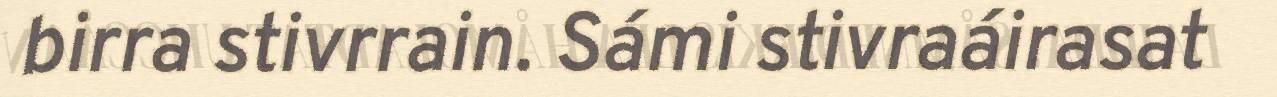
birra stivrrain. Sámi stivraáirasat